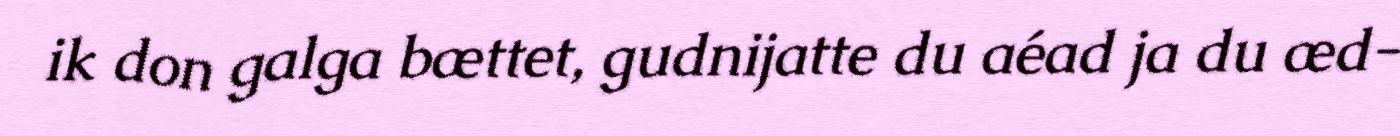
ik don galga bættet, gudnijatte du aéad ja du æd-